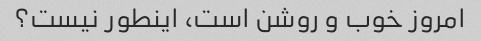
امروز خوب و روشن است، اینطور نیست؟